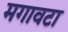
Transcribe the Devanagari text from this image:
मगावटा